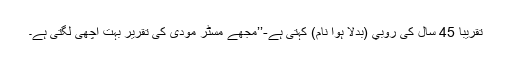
تقریبا 45 سال کی روبي (بدلا ہوا نام) کہتی ہے-’’مجھے مسٹر مودی کی تقریر بہت اچھی لگتی ہے۔